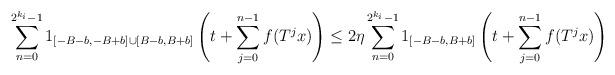
LaTeX: \begin{align*}\sum_{n=0}^{2^{k_i} - 1} 1_{[-B-b,-B+b] \cup [B-b,B+b]} \left( t + \sum_{j=0}^{n-1} f(T^j x) \right)\le2\eta \sum_{n=0}^{2^{k_i} - 1} 1_{[-B-b,B+b]} \left( t + \sum_{j=0}^{n-1} f(T^j x) \right)\end{align*}